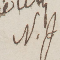
N.J.